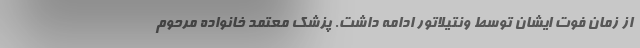
از زمان فوت ایشان توسط ونتیلاتور ادامه داشت. پزشک معتمد خانواده مرحوم